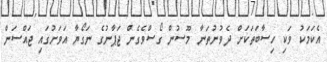
އެކަމަކު ވަކި ހިސާބަތަކަށް ދެވުނުތަނާ މޫސުން ގޯސްވެގެން ޖަޕާނުގެ ނަގޯޔާ އަވަށުގައި ޖައްސަން